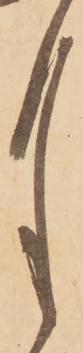
月